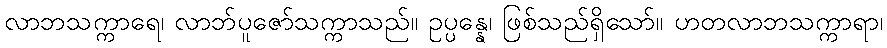
လာဘသက္ကာရေ၊ လာဘ်ပူဇော်သက္ကာသည်။ ဥပ္ပန္နေ၊ ဖြစ်သည်ရှိသော်။ ဟတလာဘသက္ကာရာ၊